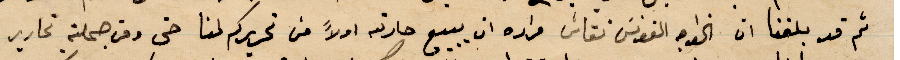
ثد قد بلغناه ان الخواجه الفونس نقاش مراده ان يبيع حارته اولًا من تحريركم لنا حتى ومن جملته تحارير